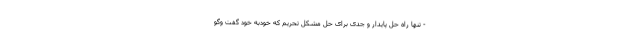
- تنها راه حل پایدار و جدی برای حل مشکل تحریم که خودبه خود گفت وگو